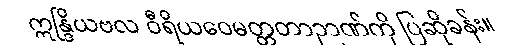
ဣန္ဒြိယဗလ ဝီရိယဝေမတ္တတာဉာဏ်ကို ပြဆိုခန်း။